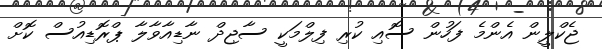
ޖެކްލީން އެންމެ ފަހުން ސޮއި ކުރި ފިލްމަކީ ސާޖިދް ނާޑިއާވާލާ ޕްރޮޑިއުސް ކޮށް